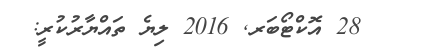
28 އޮކްޓޯބަރ